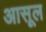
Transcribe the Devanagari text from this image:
आसूल